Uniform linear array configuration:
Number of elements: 24
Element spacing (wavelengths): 1
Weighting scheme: binomial
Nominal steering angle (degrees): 60
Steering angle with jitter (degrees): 59.989
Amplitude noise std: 0.05
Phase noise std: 0.05

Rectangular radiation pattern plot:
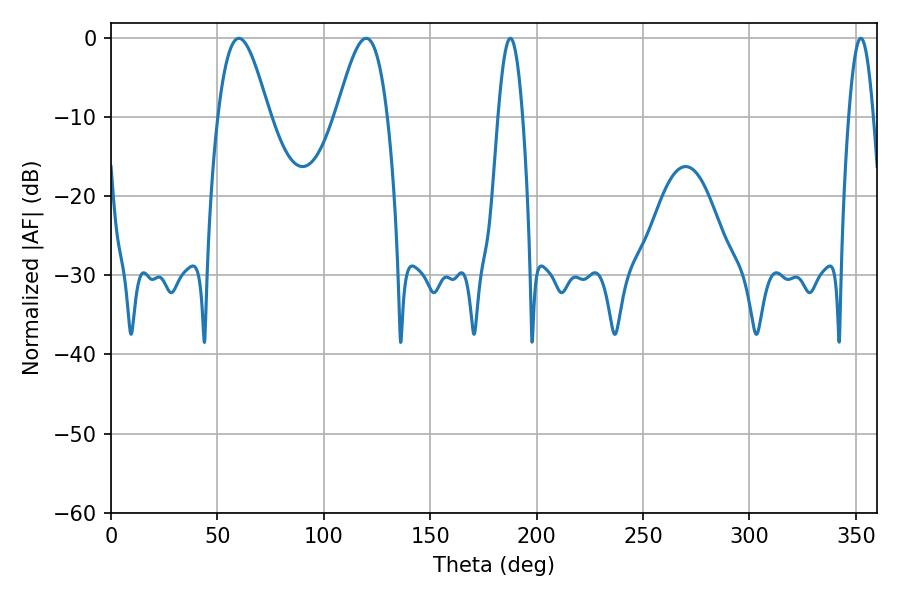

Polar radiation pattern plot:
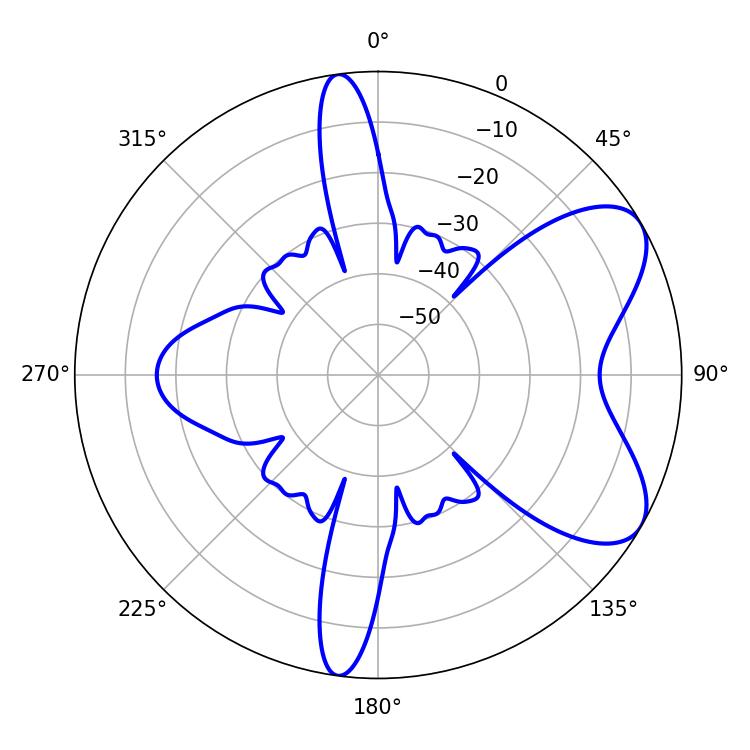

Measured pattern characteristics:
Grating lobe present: TRUE
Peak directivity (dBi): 6.943
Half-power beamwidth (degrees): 12.78
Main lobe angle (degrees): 60.12